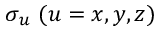
\boldsymbol { \sigma } _ { u } ~ ( u = x , y , z )